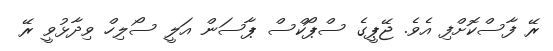
ރޭ ފާސްކޮށްފި އެވެ. ޖޭޕީގެ ސްޕޯކްސް ޕާސަން އަލީ ސޯލިހް ވިދާޅުވީ ރޭ